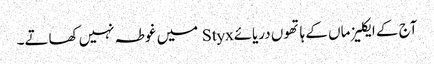
آج کے ایکلیز ماں کے ہاتھوں دریائےStyx میں غوطہ نہیں کھاتے۔